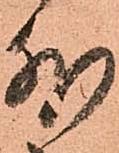
外